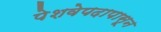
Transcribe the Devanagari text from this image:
पेशवेपदापासून